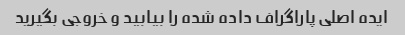
ایده اصلی پاراگراف داده شده را بیابید و خروجی بگیرید